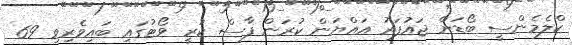
ކްލެމެންސީ ބޯޑަށް ޖައުފަރު އައްޔަން ކުރަން ފާސް ކުރީ ވޯޓުގައި ބައިވެރިވި 69